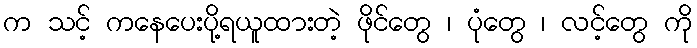
က သင့် ကနေပေးပို့ရယူထားတဲ့ ဖိုင်တွေ ၊ ပုံတွေ ၊ လင့်တွေ ကို